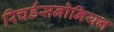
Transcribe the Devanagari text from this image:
रिचर्डसनोनियन